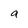
Character: a